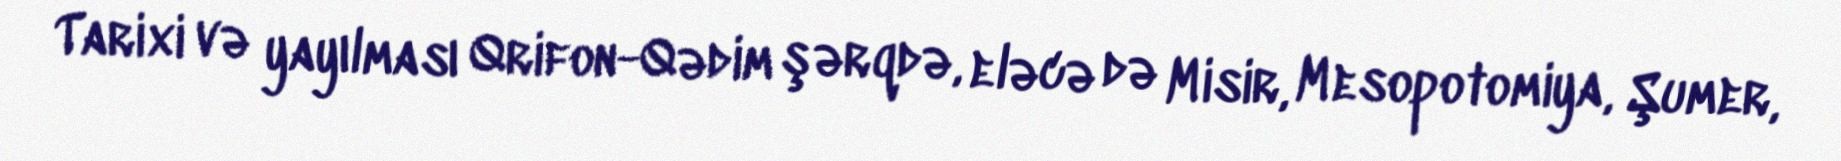
Tarixi və yayılması Qrifon-Qədim şərqdə, eləcə də Misir, Mesopotomiya, Şumer,